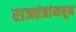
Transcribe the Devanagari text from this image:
राजतंत्रांमधून